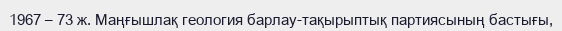
1967 – 73 ж. Маңғышлақ геология барлау-тақырыптық партиясының бастығы,